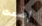
إصمت